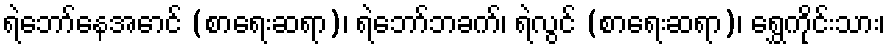
ရဲဘော်နေအောင် (စာရေးဆရာ)၊ ရဲဘော်ဘခက်၊ ရဲလွင် (စာရေးဆရာ)၊ ရွှေကိုင်းသား၊